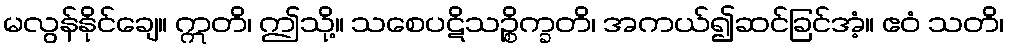
မလွန်နိုင်ချေ။ ဣတိ၊ ဤသို့။ သစေပဋိသဉ္စိက္ခတိ၊ အကယ်၍ဆင်ခြင်အံ့။ ဧဝံ သတိ၊